Annual report on the working of the lock hospitals in the Central Provinces
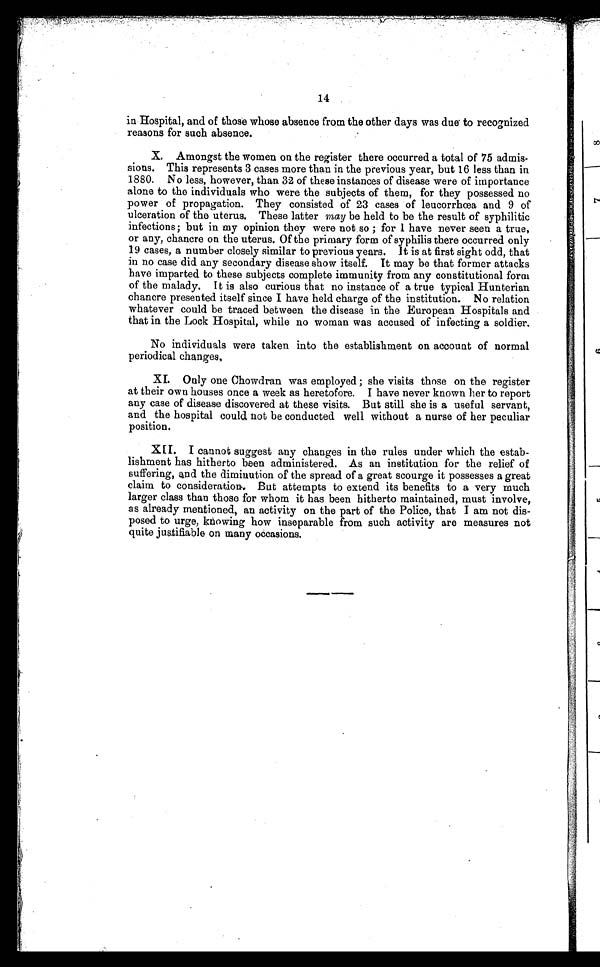
14
in Hospital, and of those whose absence from the other days was due to recognized
reasons for such absence.
X.
Amongst the women on the register there occurred a total of 75 admis
sions. This represents 3 cases more than in the previous year, but 16 less than in
1880. No less, however, than 32 of these instances of disease were of importance
alone to the individuals who were the subjects of them, for they possessed no
power of propagation. They consisted of 23 cases of leucorrhœa and 9 of
ulceration of the uterus. These latter may be held to be the result of syphilitic
infections; but in my opinion they were not so ; for I have never seen a true,
or any, chancre on the uterus. Of the primary form of syphilis there occurred only
19 cases, a number closely similar to previous years. It is at first sight odd, that
in no case did any secondary disease show itself. It may be that former attacks
have imparted to these subjects complete immunity from any constitutional form
of the malady, I t is also curious that no instance of a true typical Hunterian
chancre presented itself since I have held charge of the institution. No relation
whatever could be traced between the disease in the European Hospitals and
that in the Lock Hospital, while no woman was accused of infecting a soldier.
No individuals were taken into the establishment on account of normal
periodical changes.
XI.
Only one Chowdran was employed ; she visits those on the register
at their own houses once a week as heretofore. I have never known her to report
any case of disease discovered at these visits. But still she is a useful servant,
and the hospital could not be conducted well without a nurse of her peculiar
position.
XII.
I cannot suggest any changes in the rules under which the estab
lishment has hitherto been administered. As an institution for the relief of
suffering, and the diminution of the spread of a great scourge it possesses a great
claim to consideration. But attempts to extend its benefits to a very much
larger class than those for whom it has been hitherto maintained, must involve,
as already mentioned, an activity on the part of the Police, that I am not dis
posed to urge, knowing how inseparable from such activity are measures not
quite justifiable on many occasions.